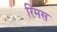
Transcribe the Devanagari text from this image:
रिमस